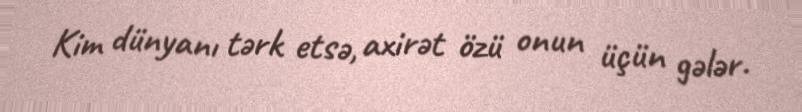
Kim dünyanı tərk etsə, axirət özü onun üçün gələr.